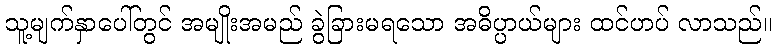
သူ့မျက်နှာပေါ်တွင် အမျိုးအမည် ခွဲခြားမရသော အဓိပ္ပာယ်များ ထင်ဟပ် လာသည်။